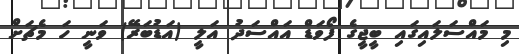
މި މައްސަލައިގައި ބީޖީގެ ފޯވަޑް އައްސަދު އަލީ (އަޑުބަރޭ) ވަނީ ހަ މެޗަށް